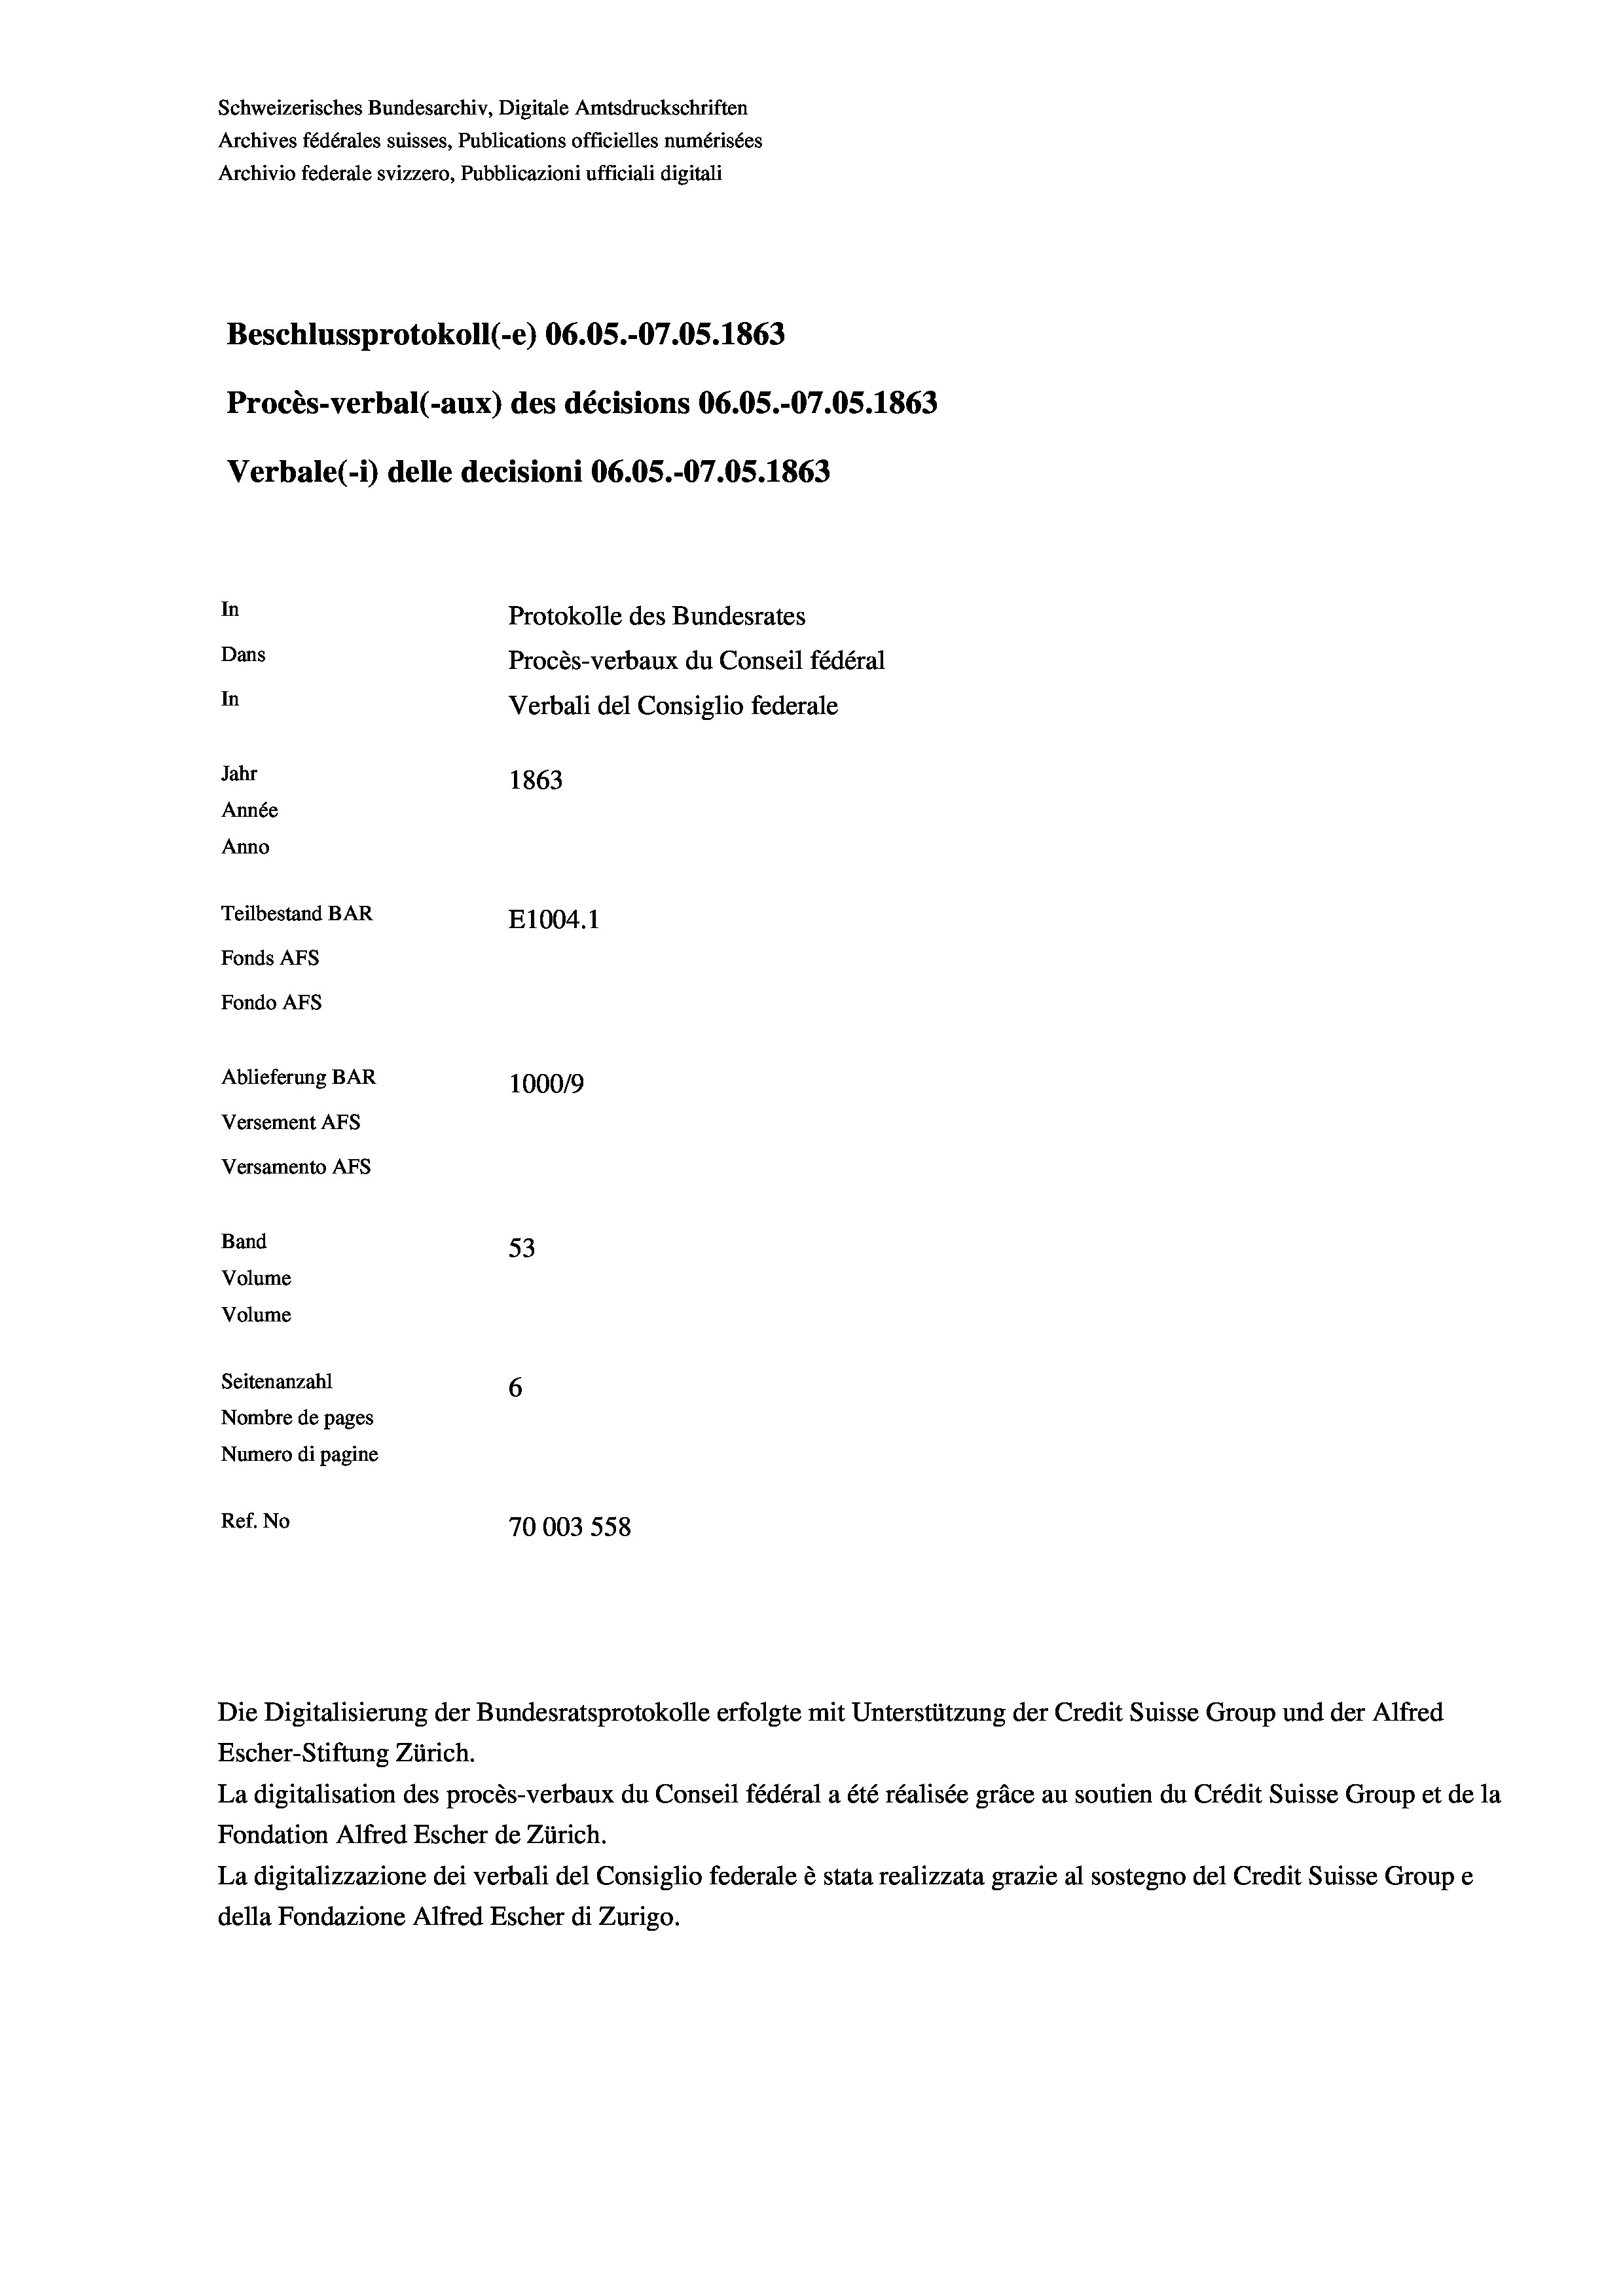
Beschlussprotokoll (-e) 06.05.-07.05. 1863
Procès-verbal (-aux) des décisions 06.OS.-07.05. 1863
Verbale (1) delle decisioni 06.05.-07.05. 1863
In
Protokolle des Bundesrates
Dans
Procès-verbaux du Conseil fédéral
In
Verbali del Consiglio federale
Jahr
1863
Année
Anno
Teilbestand BAR
E1004.1
Fonds AFs
Fondo AFS

53
Seitenanzahl
6
Nombre de pages
Numero di pagine
Ref. No
70003 558

Schweizerisches Bundesarchiv, Digitale Amtsdruckschriften
Archives fédérales suisses, Publications officielles numérisées
Archivio federale svizzero, Pubblicazioni ufficiali digitali

Ablieferung BAR
Versement As
Versamento AFs
Band
Volume
Volume

Escher-Stiftung Zürich.
La digitalisation des procès-verbaux du Conseil fédéral a été réalisée gräce au soutien du Crédit Suisse Group et de la
Fondation Alfred Escher de Zürich.
La digitalizzazione dei verbali del Consiglio federale è stata realizzata grazie al sostegno del Credit Suisse Groupe
della Fondazione Alfred Escher di Zurigo.

100019

Die Digitalisierung der Bundesratsprotokolle erfolgte mit Unterstützung der Credit Suisse Group und der Alfred